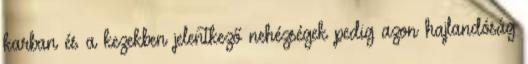
karban és a kezekben jelentkező nehézségek pedig azon hajlandóság